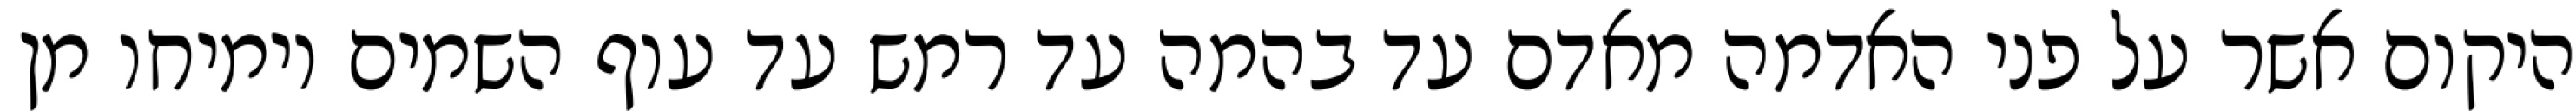
היקום אשר על פני האדמה מאדם עד בהמה עד רמש עד עוף השמים וימיחו מן